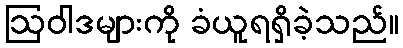
ဩဝါဒများကို ခံယူရရှိခဲ့သည်။